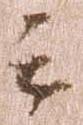
云